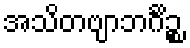
အသိတဗျာဘင်္ဂိဉ္စ